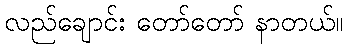
လည်ချောင်း တော်တော် နာတယ်။